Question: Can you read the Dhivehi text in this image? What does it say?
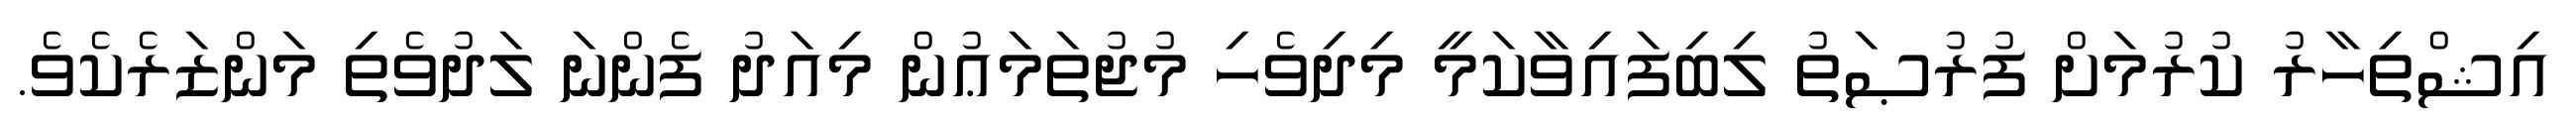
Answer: އިޝްތިހާރު ކުރުމަށް ފުރުޞަތު ލިބިފައިވާކަމީ މިދިވެހި މުޖުތަމަޢުން މިއަދު ފެންނަ ލަދުވެތި މަންޒަރެކެވެ.